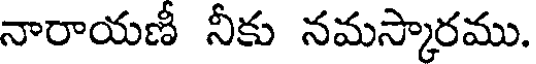
నారాయణీ నీకు నమస్కారము.